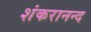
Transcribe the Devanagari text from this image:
शंकरानन्द